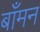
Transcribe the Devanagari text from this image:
बाँमन